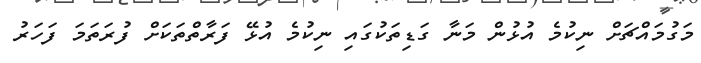
މަގުމައްޗަށް ނިކުމެ އުޅުން މަނާ ގަޑިތަކުގައި ނިކުމެ އުޅޭ ފަރާތްތަކަށް ފުރަތަމަ ފަހަރު